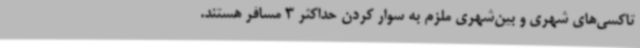
تاکسی‌های شهری و بین‌شهری ملزم به سوار کردن حداکثر 3 مسافر هستند.